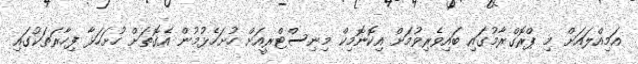
އަމިއްލައަށް މި ޕްރޮގްރާމުގައި ބައިވެެރިވުމަށް އިކޮނޮމިކް މިނިސްޓްރީއަށް ހުށަހެޅުމުން އެގޮތަށް ހުށަހަޅާ ފިހާރަތަކުގައި